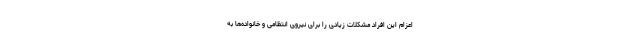
اعزام این افراد مشکلات زیادی را برای نیروی انتظامی و خانواده‌ها به